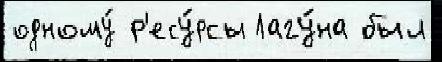
одному́ р'есу́рсы Лагу́на был